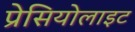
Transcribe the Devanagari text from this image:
प्रेसियोलाइट